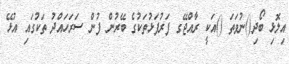
އިލޮޅި ބޯދި()ނުވަތަ ()އަކީ ރާއްޖޭގ ފަރުފަޅުތަކުގެ ބޭރުން ފުން ސަރަހައްދު ތަކުގައި އުޅޭ